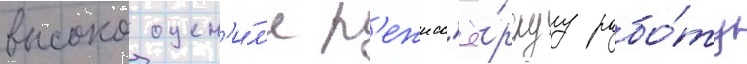
высоко оцен'и́л'и р'ежисс'ё́рскуу рабо́ту